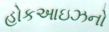
હોકઆઇઝનો